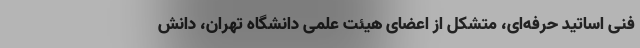
فنی اساتید حرفه‌ای، متشکل از اعضای هیئت علمی دانشگاه تهران، دانش‌